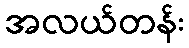
အလယ်တန်း